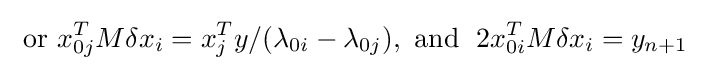
{\text{ or }}x_{0j}^{T}M\delta x_{i}=x_{j}^{T}y/(\lambda _{0i}-\lambda _{0j}),{\text{ and }}\;2x_{0i}^{T}M\delta x_{i}=y_{n+1}